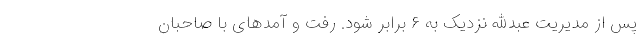
پس از مدیریت عبدالله نزدیک به ۶ برابر شود. رفت و آمد‌های با صاحبان